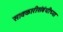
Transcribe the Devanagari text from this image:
सावकारीसंबंधीच्या